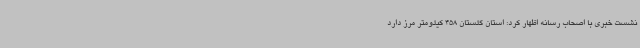
نشست خبری با اصحاب رسانه اظهار کرد: استان گلستان 458 کیلومتر مرز دارد